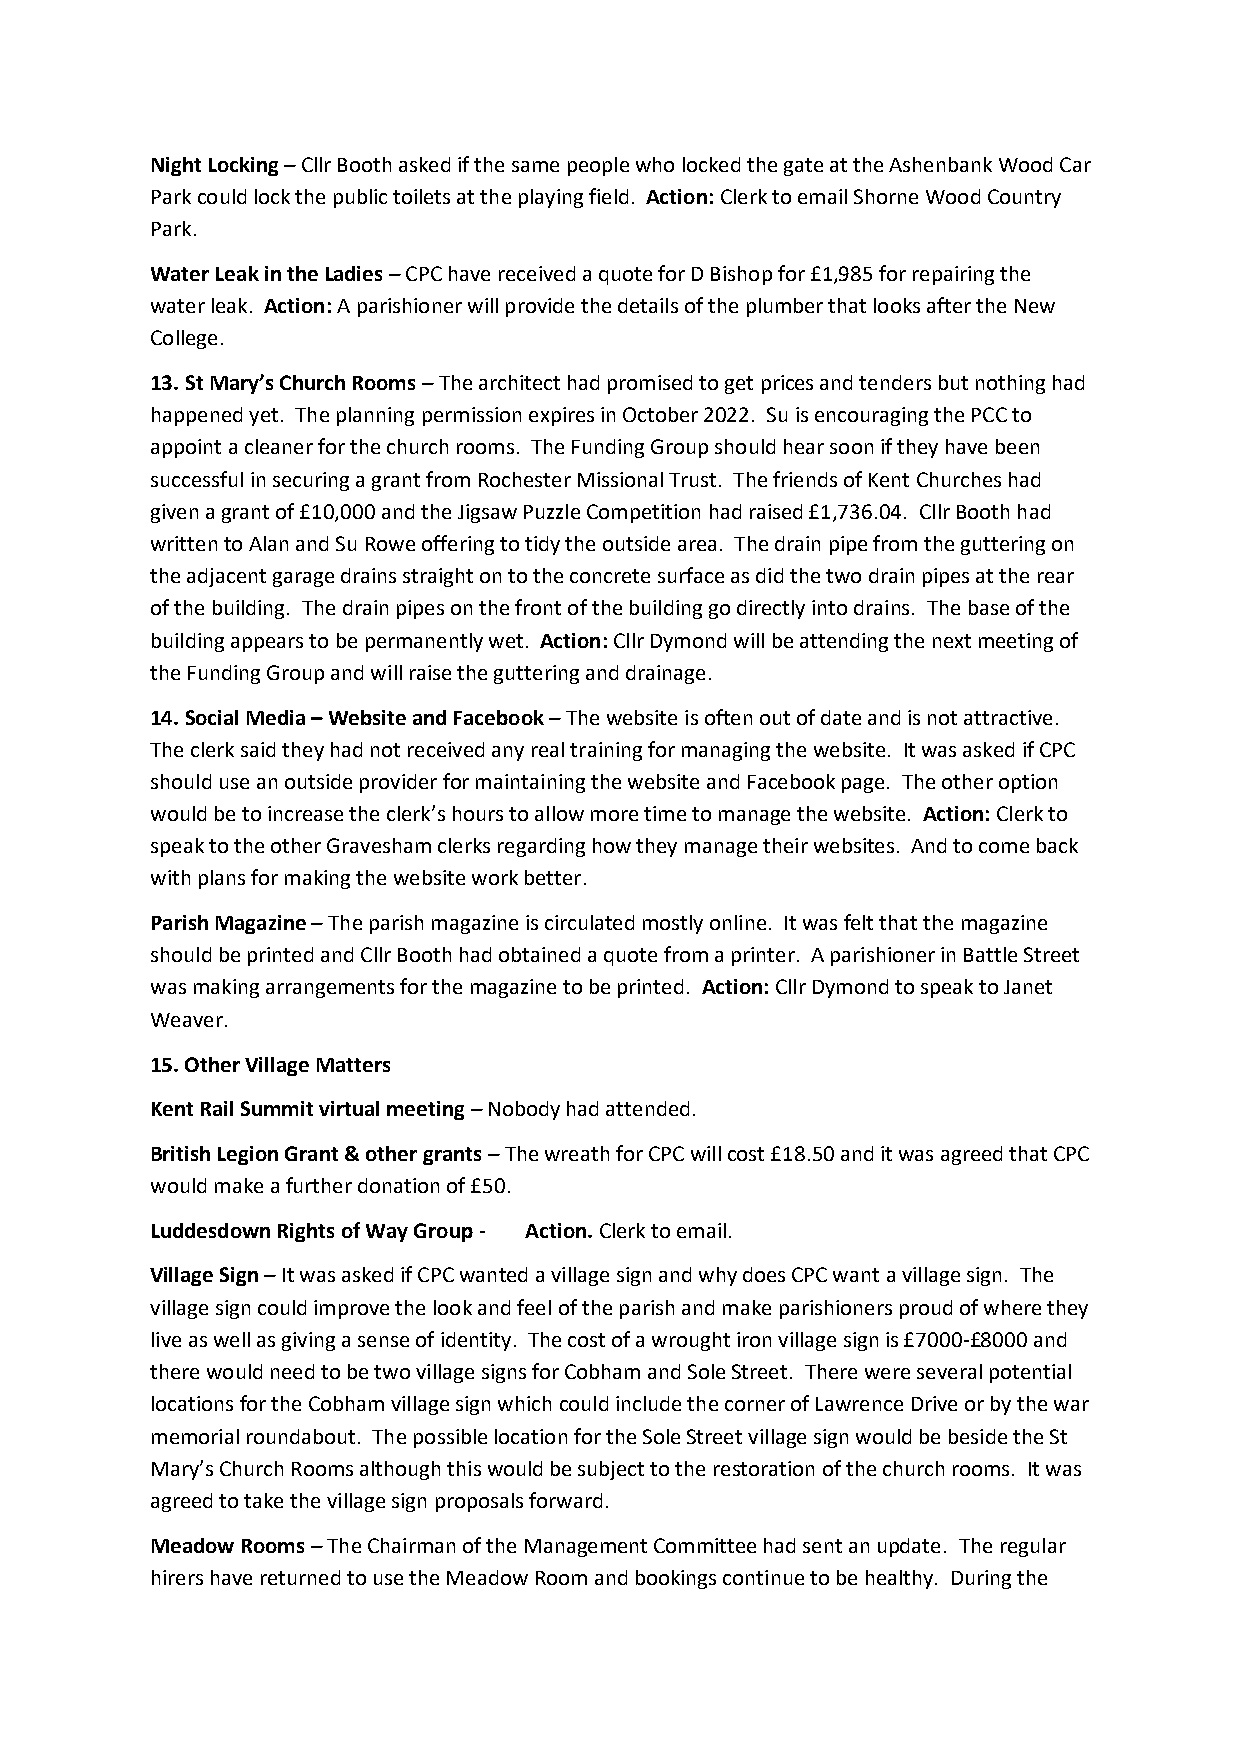
Night Locking – Cllr Booth asked if the same people who locked the gate at the Ashenbank Wood Car
 Park could lock the public toilets at the playing field. Action: Clerk to email Shorne Wood Country
 Park.
 Water Leak in the Ladies – CPC have received a quote for D Bishop for £1,985 for repairing the
 water leak. Action: A parishioner will provide the details of the plumber that looks after the New
 College.
 13. St Mary’s Church Rooms – The architect had promised to get prices and tenders but nothing had
 happened yet. The planning permission expires in October 2022. Su is encouraging the PCC to
 appoint a cleaner for the church rooms. The Funding Group should hear soon if they have been
 successful in securing a grant from Rochester Missional Trust. The friends of Kent Churches had
 given a grant of £10,000 and the Jigsaw Puzzle Competition had raised £1,736.04. Cllr Booth had
 written to Alan and Su Rowe offering to tidy the outside area. The drain pipe from the guttering on
 the adjacent garage drains straight on to the concrete surface as did the two drain pipes at the rear
 of the building. The drain pipes on the front of the building go directly into drains. The base of the
 building appears to be permanently wet. Action: Cllr Dymond will be attending the next meeting of
 the Funding Group and will raise the guttering and drainage.
 14. Social Media – Website and Facebook – The website is often out of date and is not attractive.
 The clerk said they had not received any real training for managing the website. It was asked if CPC
 should use an outside provider for maintaining the website and Facebook page. The other option
 would be to increase the clerk’s hours to allow more time to manage the website. Action: Clerk to
 speak to the other Gravesham clerks regarding how they manage their websites. And to come back
 with plans for making the website work better.
 Parish Magazine – The parish magazine is circulated mostly online. It was felt that the magazine
 should be printed and Cllr Booth had obtained a quote from a printer. A parishioner in Battle Street
 was making arrangements for the magazine to be printed. Action: Cllr Dymond to speak to Janet
 Weaver.
 15. Other Village Matters
 Kent Rail Summit virtual meeting – Nobody had attended.
 British Legion Grant & other grants – The wreath for CPC will cost £18.50 and it was agreed that CPC
 would make a further donation of £50.
 Luddesdown Rights of Way Group - Action. Clerk to email.
 Village Sign – It was asked if CPC wanted a village sign and why does CPC want a village sign. The
 village sign could improve the look and feel of the parish and make parishioners proud of where they
 live as well as giving a sense of identity. The cost of a wrought iron village sign is £7000-£8000 and
 there would need to be two village signs for Cobham and Sole Street. There were several potential
 locations for the Cobham village sign which could include the corner of Lawrence Drive or by the war
 memorial roundabout. The possible location for the Sole Street village sign would be beside the St
 Mary’s Church Rooms although this would be subject to the restoration of the church rooms. It was
 agreed to take the village sign proposals forward.
 Meadow Rooms – The Chairman of the Management Committee had sent an update. The regular
 hirers have returned to use the Meadow Room and bookings continue to be healthy. During the